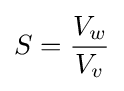
S={\frac {V_{w}}{V_{v}}}